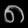
Digit: ၈